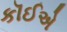
કૉઈએ